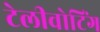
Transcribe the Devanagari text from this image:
टेलीवोटिंग